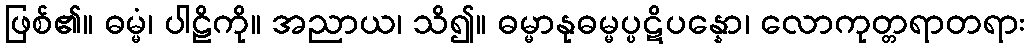
ဖြစ်၏။ ဓမ္မံ၊ ပါဠိကို။ အညာယ၊ သိ၍။ ဓမ္မာနုဓမ္မပ္ပဋိပန္နော၊ လောကုတ္တရာတရား